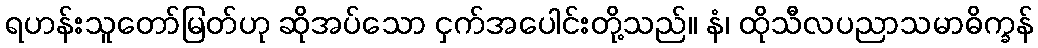
ရဟန်းသူတော်မြတ်ဟု ဆိုအပ်သော ငှက်အပေါင်းတို့သည်။ နံ၊ ထိုသီလပညာသမာဓိက္ခန်